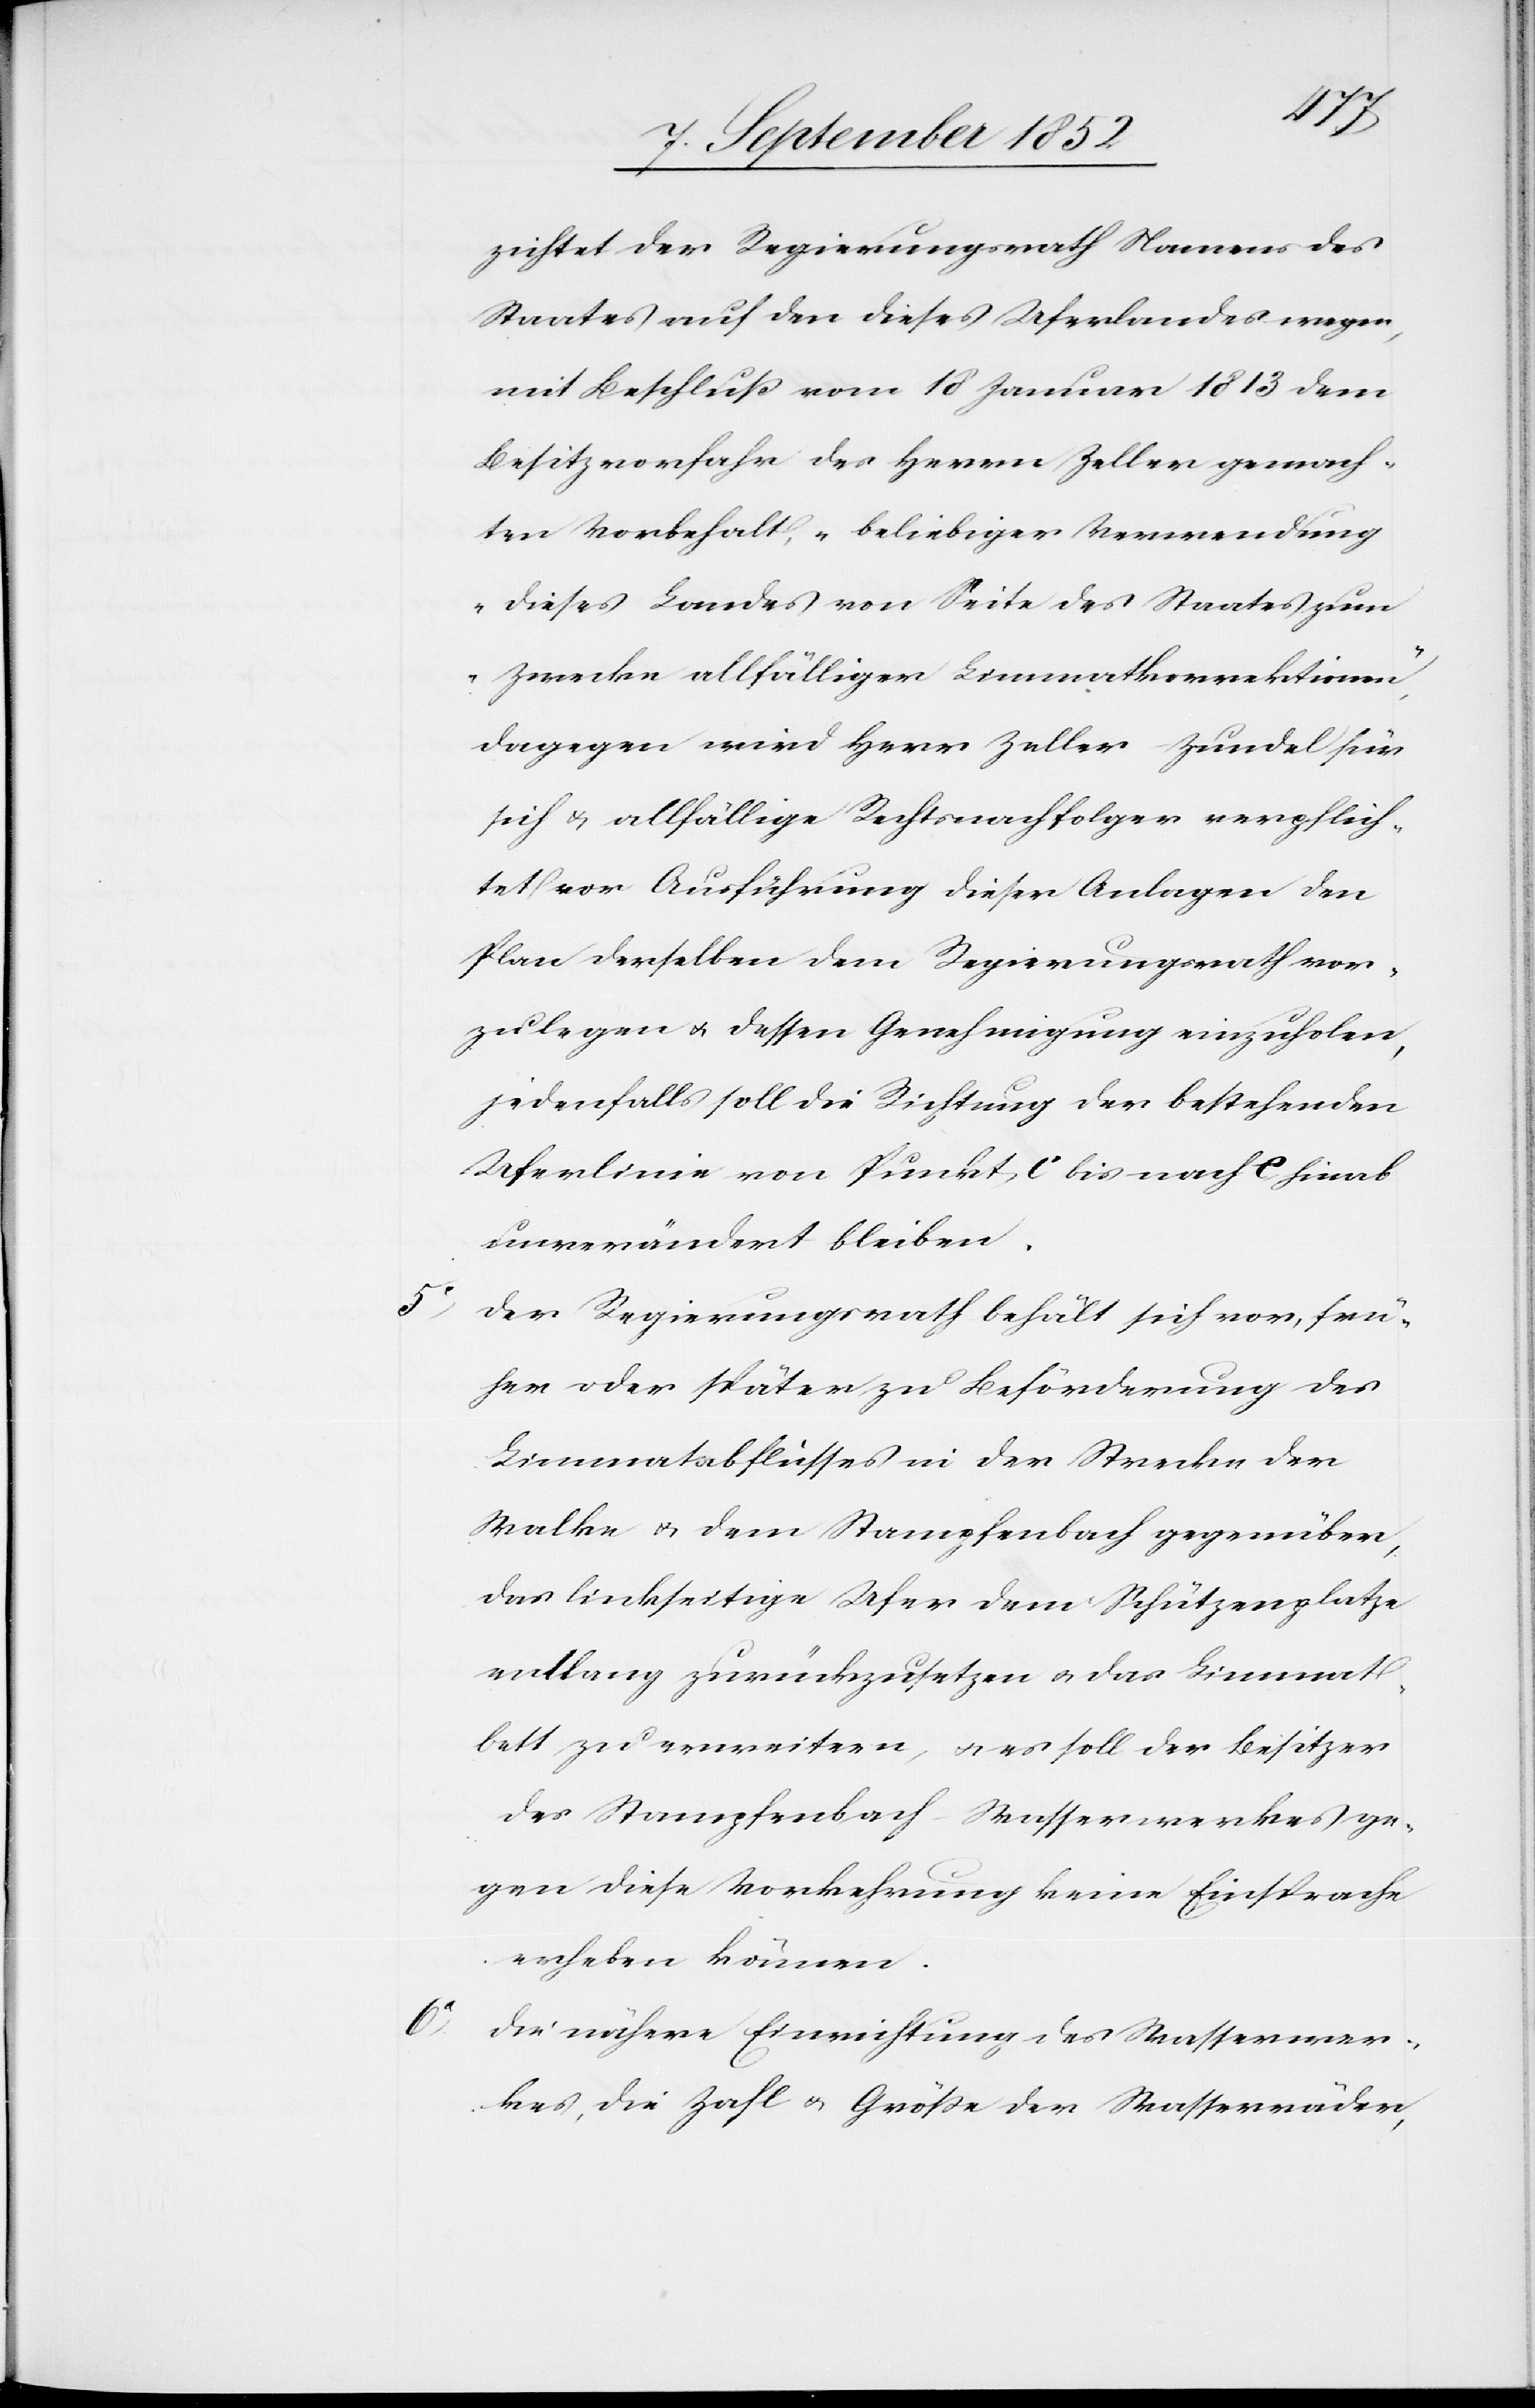
zichtet der Regierungsrath Namens des
Staates auf den dieses Uferlandes wegen,
mit Beschluß vom 18 Januar 1813 dem
Besitzvorfahr des Herrn Zeller gemach¬
ten Vorbehalt, „beliebiger Verwendung
dieses Landes von Seite des Staates zum
Zwecke allfälliger Limmatkorrektionen,“
dagegen wird Herr Zeller-Zundel für
sich & allfällige Rechtsnachfolger verpflich¬
tet vor Ausführung dieser Anlagen den
Plan derselben dem Regierungsrath vor¬
zulegen & dessen Genehmigung einzuholen,
jedenfalls soll die Richtung der bestehenden
Uferlinie von Punkt c bis nach e hinab
unverändert bleiben.
Der Regierungsrath behält sich vor, frü¬
her oder später zu Beförderung des
Limmatabflusses in der Strecke der
Walke & dem Stampfenbach gegenüber,
das linkseitige Ufer dem Schützenplatze
entlang zurückzusetzen & das Limmat¬
bett zu erweitern, & es soll der Besitzer
des Stampfenbach-Wasserwerkes ge¬
gen diese Vorkehrung keine Einsprache
erheben können.
Die nähere Einrichtung des Wasserwer¬
kes, die Zahl & Größe der Wasserräder,